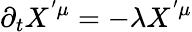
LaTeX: \partial_{t}X^{'\mu}=-\lambda X^{'\mu}